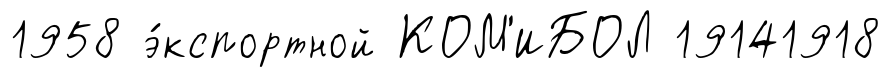
1958 э́кспортной КОМ'ИБОЛ 19141918